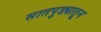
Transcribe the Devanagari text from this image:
सातपुड्यातून